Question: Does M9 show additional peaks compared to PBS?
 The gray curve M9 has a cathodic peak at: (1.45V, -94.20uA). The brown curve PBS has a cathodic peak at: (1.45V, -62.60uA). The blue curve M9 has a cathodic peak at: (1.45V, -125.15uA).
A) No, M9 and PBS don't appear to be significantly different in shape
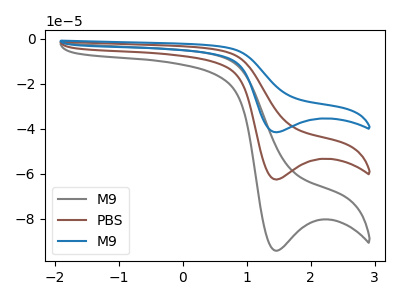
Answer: <think>All the peaks in "M9" have a peak in "PBS" at the same potential. Every peak in "M9" is higher than every peak in "PBS".
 </think>
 <answer>A) No, "M9" and "PBS" don't appear to be significantly different in shape</answer>
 <eval>A</eval>